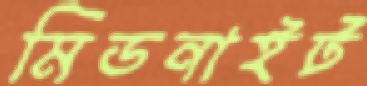
মিডনাইট